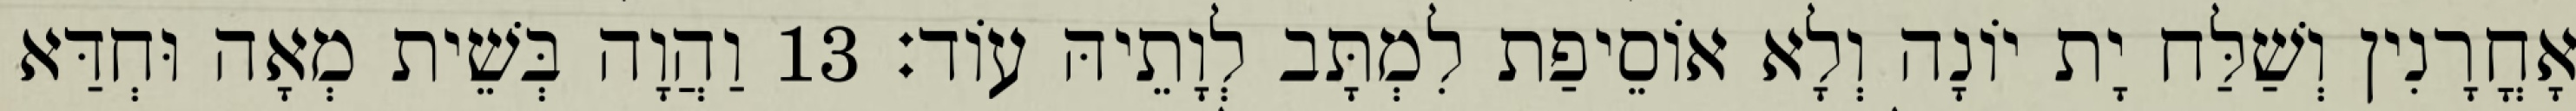
אָחֳרָנִין וְשַׁלַּח יָת יוֹנָה וְלָא אוֹסֵיפַת לִמְתָּב לְוָתֵיהּ עוֹד׃ 13 וַהֲוָה בְּשֵׁית מְאָה וּחְדַּא